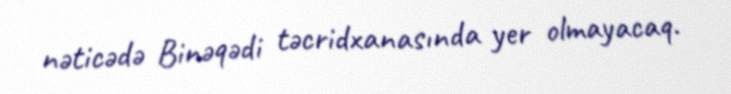
nəticədə Binəqədi təcridxanasında yer olmayacaq.